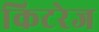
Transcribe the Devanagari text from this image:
किटरेज